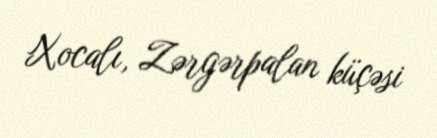
Xocalı, Zərgərpalan küçəsi